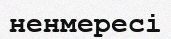
ненмересі